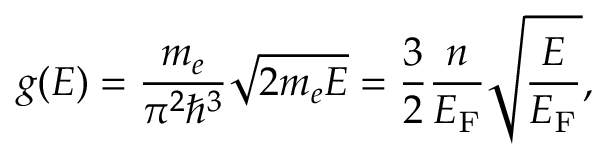
g ( E ) = { \frac { m _ { e } } { \pi ^ { 2 } \hbar ^ { 3 } } } { \sqrt { 2 m _ { e } E } } = { \frac { 3 } { 2 } } { \frac { n } { E _ { \mathrm { { F } } } } } { \sqrt { \frac { E } { E _ { \mathrm { { F } } } } } } ,